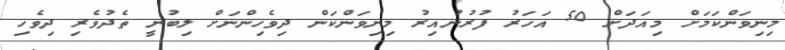
މިނިވަންކަމަށް މިއަދަށް 50 އަހަރު ފުރުނުއިރު މިނިވަންކަން ދިވެހިންނަށް ލިބުނީ ތެދުވެރި ދިވެހި